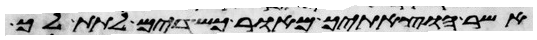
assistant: אשר הוצאתיך מאור כשדים לתת לך